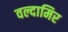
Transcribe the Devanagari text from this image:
वल्दामिर